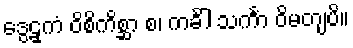
ဒွေဠှကံ ဝိစိကိစ္ဆာ စ၊ ကင်္ခါ သင်္ကာ ဝိမတျပိ။